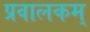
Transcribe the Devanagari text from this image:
प्रवालकम्‌